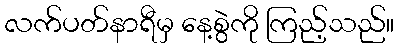
လက်ပတ်နာရီမှ နေ့စွဲကို ကြည့်သည်။